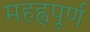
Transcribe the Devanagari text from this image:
महह्वपूर्ण